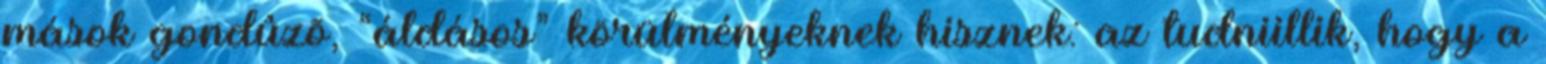
mások gondûzõ, “áldásos” körülményeknek hisznek: az tudniillik, hogy a